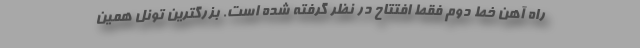
راه آهن خط دوم فقط افتتاح در نظر گرفته شده است. بزرگترین تونل همین